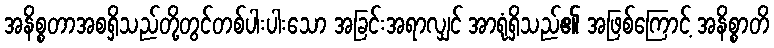
အနိစ္စတာအစရှိသည်တို့တွင်တစ်ပါးပါးသော အခြင်းအရာလျှင် အာရုံရှိသည်၏ အဖြစ်ကြောင့် အနိစ္စာတိ